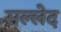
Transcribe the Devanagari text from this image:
सल्लेद